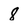
Character: 8